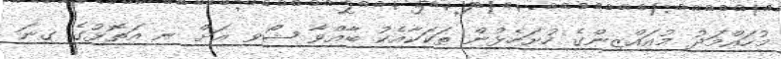
މުހައްމަދު މުއައްޒިންގެ ހުށަހެޅުން ތަކަކާއެކު ބާއްވާ ޝޯވ އަށް ނ އަތޮޅުގެ ގިނަ